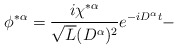
\begin{align*}\phi^{* \alpha}= \frac{i \chi^{* \alpha}}{\sqrt{L}(D^{ \alpha})^2} e^{-iD^{\alpha}t}- \end{align*}